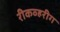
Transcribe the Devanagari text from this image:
रीकव्हरीग